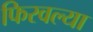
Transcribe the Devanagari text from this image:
फिरवल्या